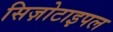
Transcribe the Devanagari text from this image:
सिज़ोटाइपल